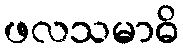
ဖလသမာဓိ